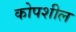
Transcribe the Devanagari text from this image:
कोपशील